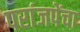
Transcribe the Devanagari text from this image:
परांजपेंचा